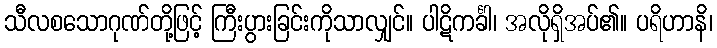
သီလစသောဂုဏ်တို့ဖြင့် ကြီးပွားခြင်းကိုသာလျှင်။ ပါဋိကင်္ခါ၊ အလိုရှိအပ်၏။ ပရိဟာနိ၊